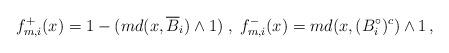
LaTeX: \begin{align*}f_{m,i}^+(x)=1- (md(x,\overline{B}_i)\wedge 1)\; ,\; f_{m,i}^-(x)=md(x,(B_i^\circ)^c)\wedge 1 \, ,\end{align*}